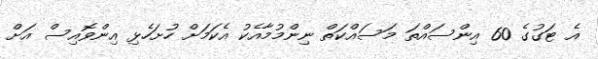
އެ ޓަގުގެ 60 އިންސައްތަ މަސައްކަތް ނިންމުމާއެކު އެކަމަށް ހުށަހެޅި އިންވޮއިސް އަށް